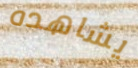
يشاهده